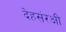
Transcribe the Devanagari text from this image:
देहसंरक्षी